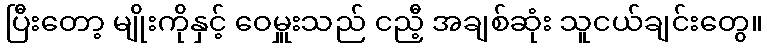
ပြီးတော့ မျိုးကိုနှင့် ဝေမှူးသည် ငညီ့ အချစ်ဆုံး သူငယ်ချင်းတွေ။